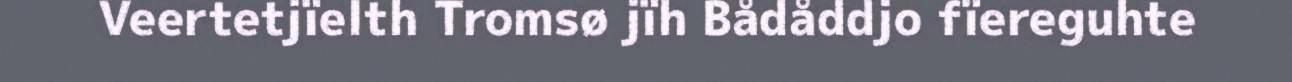
Veertetjïelth Tromsø jïh Bådåddjo fïereguhte